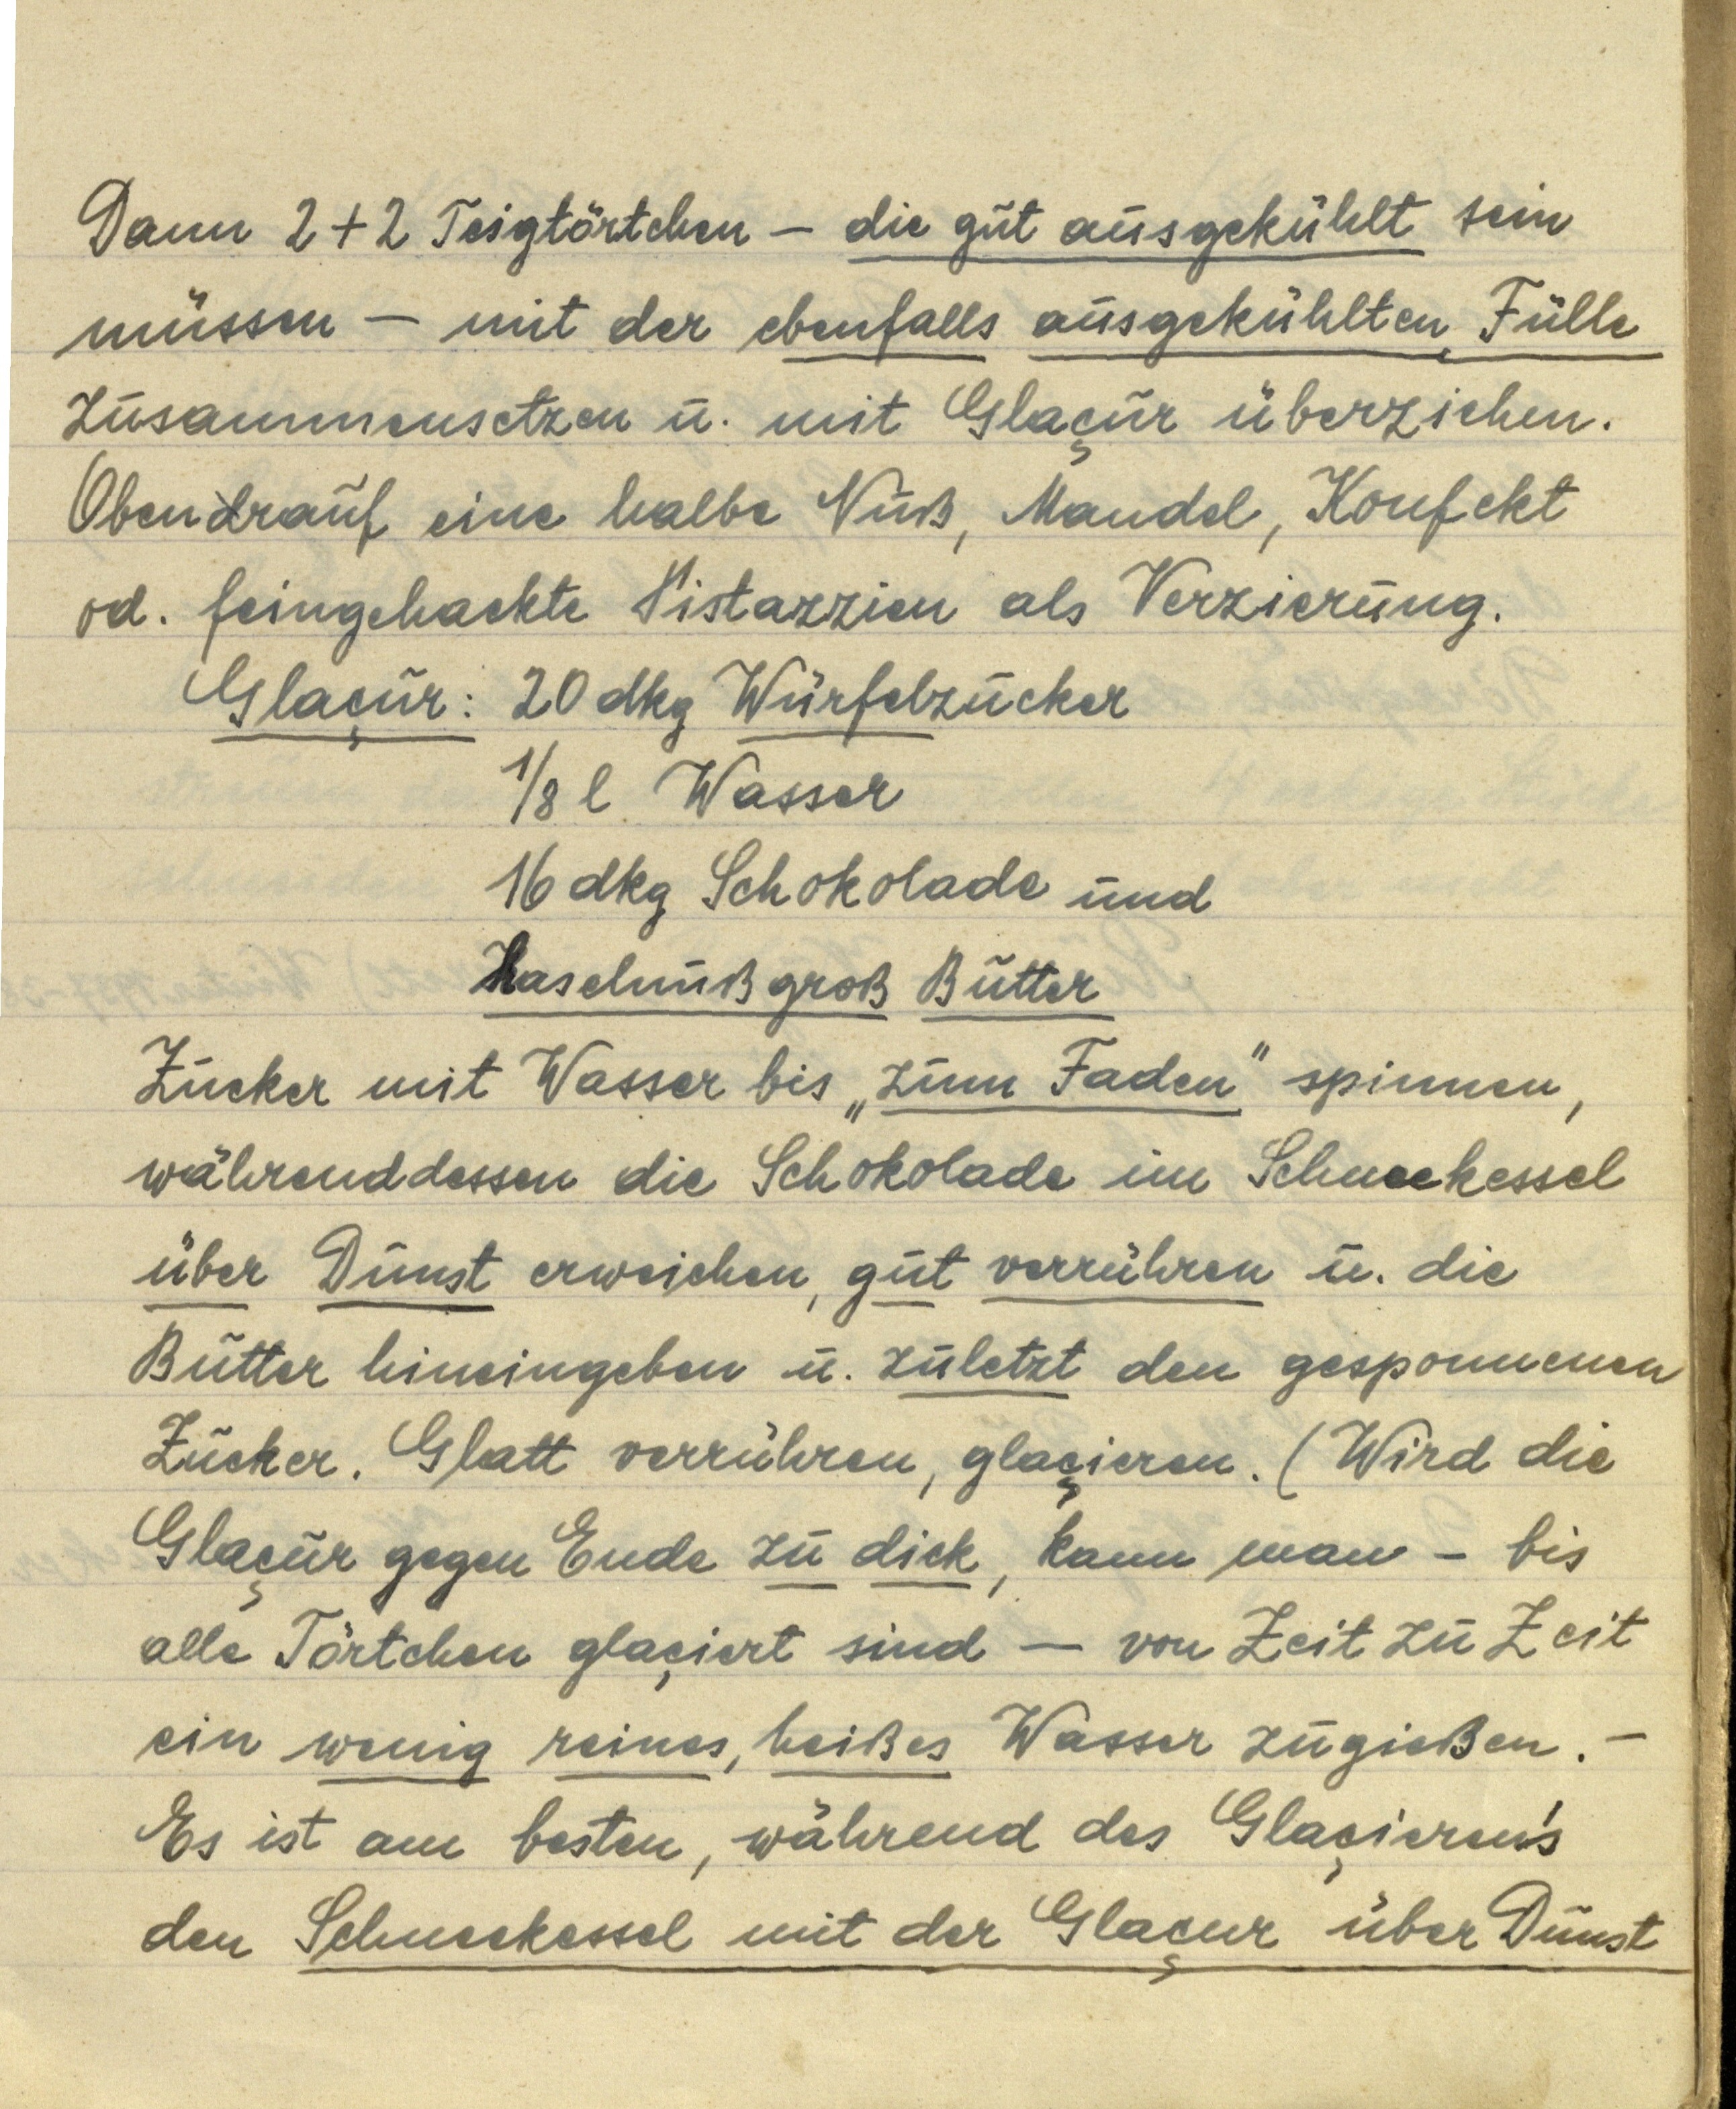
Dann 2 + 2 Teigtörtchen — die gut ausgekühlt sein
müssen — mit der ebenfalls ausgekühlten Fülle
zusammensetzen u. mit Glaçur überziehen.
Obendrauf eine halbe Nuß, Mandel, Konfekt
od. feingehackte Pistazien als Verzierung.

Glaçur: 20 dkg Würfelzucker
⅛ l Wasser
16 dkg Schokolade und
Haselnuß groß Butter

Zucker mit Wasser bis "zum Faden" spinnen,
währenddessen die Schokolade im Schneekessel
über Dunst erweichen, gut verrühren u. die
Butter hineingeben u. zuletzt den gesponnenen
Zucker. Glatt verrühren, glaçieren. (Wird die
Glaçur gegen Ende zu dick, kann man — bis
alle Törtchen glaçiert sind — von Zeit zu Zeit
ein wenig reines, heißes Wasser zugießen.—
Es ist am besten, während des Glaçierens
den Schneekessel mit der Glaçur über Dunst